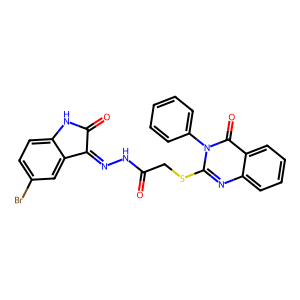
SMILES: O=C(CSc1nc2ccccc2c(=O)n1-c1ccccc1)NN=C1C(=O)Nc2ccc(Br)cc21
Inhibits HIV replication: Yes